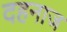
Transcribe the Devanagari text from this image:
दहनाज